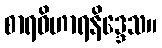
စာရဝိဟာရနိဒ္ဒေသ။